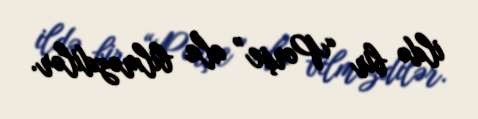
ildə bir “Porşe” ala bilməzdilər.